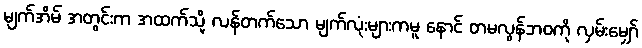
မျက်အိမ် အတွင်းက အထက်သို့ လန်တက်သော မျက်လုံးများကမူ နောင် တမလွန်ဘဝကို လှမ်းမျှော်